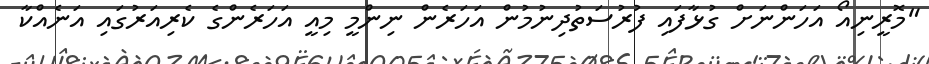
"މޮރީނިއޯ އަހަންނަށް ގުޅާފައި ފުރުސަތުދިނުމުން އަހަރެން ނިންމީ މިއީ އަހަރެންގެ ކެރިއަރުގައި އަނެއްކާ